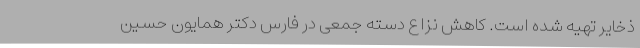
ذخایر تهیه شده است. کاهش نزاع دسته ‌جمعی در فارس دکتر همایون حسین